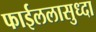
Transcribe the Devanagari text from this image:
फाईललासुध्दा